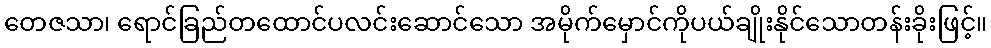
တေဇသာ၊ ရောင်ခြည်တထောင်ပလင်းဆောင်သော အမိုက်မှောင်ကိုပယ်ချိုးနိုင်သောတန်းခိုးဖြင့်။